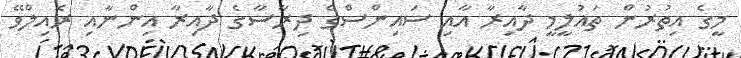
މީގެ އިތުރުން ތައުލީމީ ދާއިރާ އާއި ސައިންސްގެ ދިރާސާގެ ދާއިރާ އިންނާއި ރެއިލްވޭ